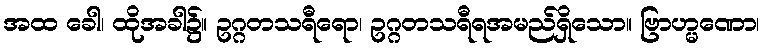
အထ ခေါ၊ ထိုအခါ၌။ ဥဂ္ဂတသရီရော၊ ဥဂ္ဂတသရီရအမည်ရှိသော။ ဗြာဟ္မဏော၊